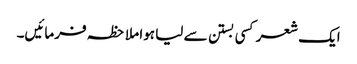
ایک شعر کسی بستن سے لیا ہوا ملاحظہ فرمائیں۔